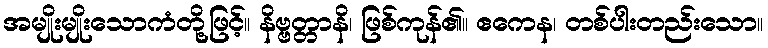
အမျိုးမျိုးသောကံတို့ဖြင့်။ နိဗ္ဗတ္တာနိ၊ ဖြစ်ကုန်၏။ ဧကေန၊ တစ်ပါးတည်းသော။